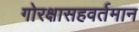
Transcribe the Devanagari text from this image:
गोरक्षासहवर्तमान